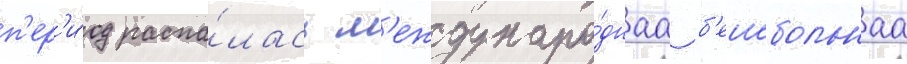
п'ер'и́од распа́лась м'еждунаро́днаа б'еисбольнаа